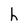
Character: h